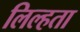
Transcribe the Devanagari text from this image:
लिल्हता